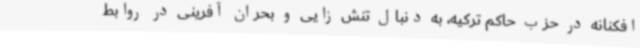
افکنانه در حزب حاکم ترکیه، به دنبال تنش زایی و بحران آفرینی در روابط